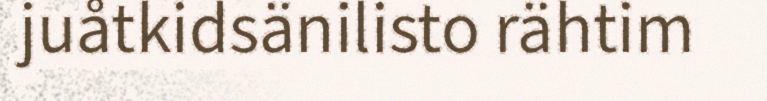
juåtkidsänilisto rähtim